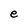
Character: e